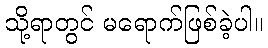
သို့ရာတွင် မရောက်ဖြစ်ခဲ့ပါ။